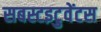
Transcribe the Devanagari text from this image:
सबस्टइटुवेंटस